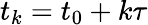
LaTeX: t_{k}=t_{0}+k\tau